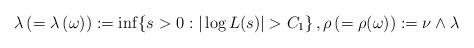
LaTeX: \begin{align*}\lambda \,(=\lambda \,(\omega)):=\inf\{s>0: |\log L(s)| > C_1\}\,, \rho \,(=\rho(\omega)):=\nu \wedge \lambda \end{align*}